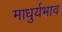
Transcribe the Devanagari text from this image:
माधुर्यभाव